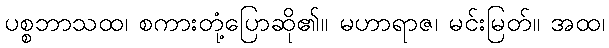
ပစ္စဘာသထ၊ စကားတုံ့ပြောဆို၏။ မဟာရာဇ၊ မင်းမြတ်။ အထ၊